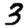
Digit: 3